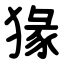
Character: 猭